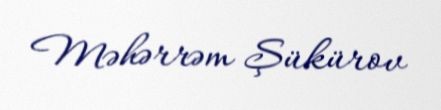
Məhərrəm Şükürov